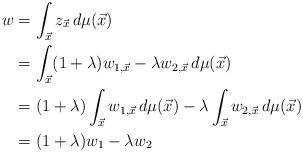
LaTeX: \begin{align*}w &= \int_{\vec{x}} z_{\vec{x}}\,d\mu(\vec{x})\\&= \int_{\vec{x}} (1+\lambda)w_{1,\vec{x}} - \lambda w_{2,\vec{x}}\,d\mu(\vec{x})\\&= (1+\lambda)\int_{\vec{x}} w_{1,\vec{x}}\,d\mu(\vec{x}) - \lambda\int_{\vec{x}} w_{2,\vec{x}}\,d\mu(\vec{x})\\&= (1+\lambda)w_1 - \lambda w_2\end{align*}